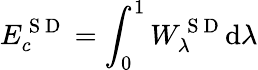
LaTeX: E_{c}^{\mathrm{~S~D~}}=\int_{0}^{1}W_{\lambda}^{\mathrm{~S~D~}}\mathrm{d}\lambda